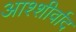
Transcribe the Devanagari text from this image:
आश्शीर्वाद